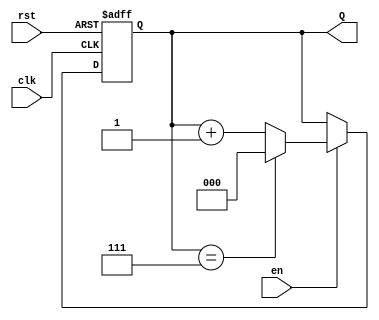
module up_counter (
    input wire clk,       // Clock signal
    input wire en,       // Enable signal
    input wire rst,      // Asynchronous reset signal
    output reg [N-1:0] Q // Counter output
);
    parameter N = 3; // Number of bits for the counter (adjust as needed)
    parameter MAX_COUNT = (1 << N) - 1; // Maximum count value (2^N - 1)

    // Always block triggered on the rising edge of the clock
    always @(posedge clk or posedge rst) begin
        if (rst) begin
            Q <= 0; // Reset counter to zero
        end else if (en) begin
            if (Q == MAX_COUNT) begin
                Q <= 0; // Wrap around to zero
            end else begin
                Q <= Q + 1; // Increment counter
            end
        end
        // If enable is low, retain current value of Q
    end
endmodule